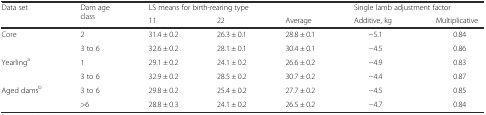
<table><thead><tr><td rowspan="2"><b>Data set</b></td><td rowspan="2"><b>Dam age class</b></td><td colspan="3"><b>LS means for birth-rearing type</b></td><td colspan="2"><b>Single lamb adjustment factor</b></td></tr><tr><td><b>11</b></td><td><b>22</b></td><td><b>Average</b></td><td><b>Additive, kg</b></td><td><b>Multiplicative</b></td></tr></thead><tbody><tr><td>Core</td><td>2</td><td>31.4 ± 0.2</td><td>26.3 ± 0.1</td><td>28.8 ± 0.1</td><td>−5.1</td><td>0.84</td></tr><tr><td></td><td>3 to 6</td><td>32.6 ± 0.2</td><td>28.1 ± 0.1</td><td>30.4 ± 0.1</td><td>−4.5</td><td>0.86</td></tr><tr><td>Yearling<sup>a</sup></td><td>1</td><td>29.1 ± 0.2</td><td>24.1 ± 0.2</td><td>26.6 ± 0.2</td><td>−4.9</td><td>0.83</td></tr><tr><td></td><td>3 to 6</td><td>32.9 ± 0.2</td><td>28.5 ± 0.2</td><td>30.7 ± 0.2</td><td>−4.4</td><td>0.87</td></tr><tr><td>Aged dams<sup>b</sup></td><td>3 to 6</td><td>29.8 ± 0.2</td><td>25.4 ± 0.2</td><td>27.7 ± 0.2</td><td>−4.5</td><td>0.85</td></tr><tr><td></td><td>&gt;6</td><td>28.8 ± 0.3</td><td>24.1 ± 0.2</td><td>26.5 ± 0.2</td><td>−4.7</td><td>0.84</td></tr></tbody></table>